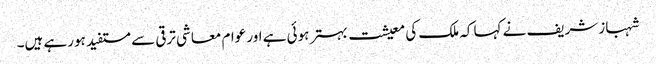
شہباز شریف نے کہا کہ ملک کی معیشت بہتر ہوئی ہے اور عوام معاشی ترقی سے مستفید ہورہے ہیں۔